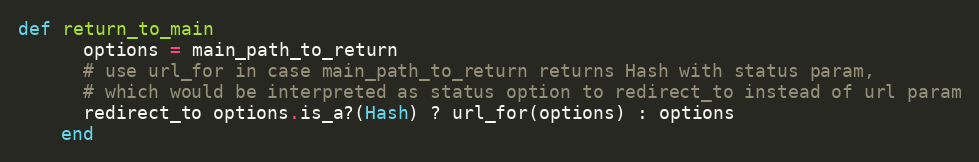
Language: Ruby
def return_to_main
      options = main_path_to_return
      # use url_for in case main_path_to_return returns Hash with status param,
      # which would be interpreted as status option to redirect_to instead of url param
      redirect_to options.is_a?(Hash) ? url_for(options) : options
    end